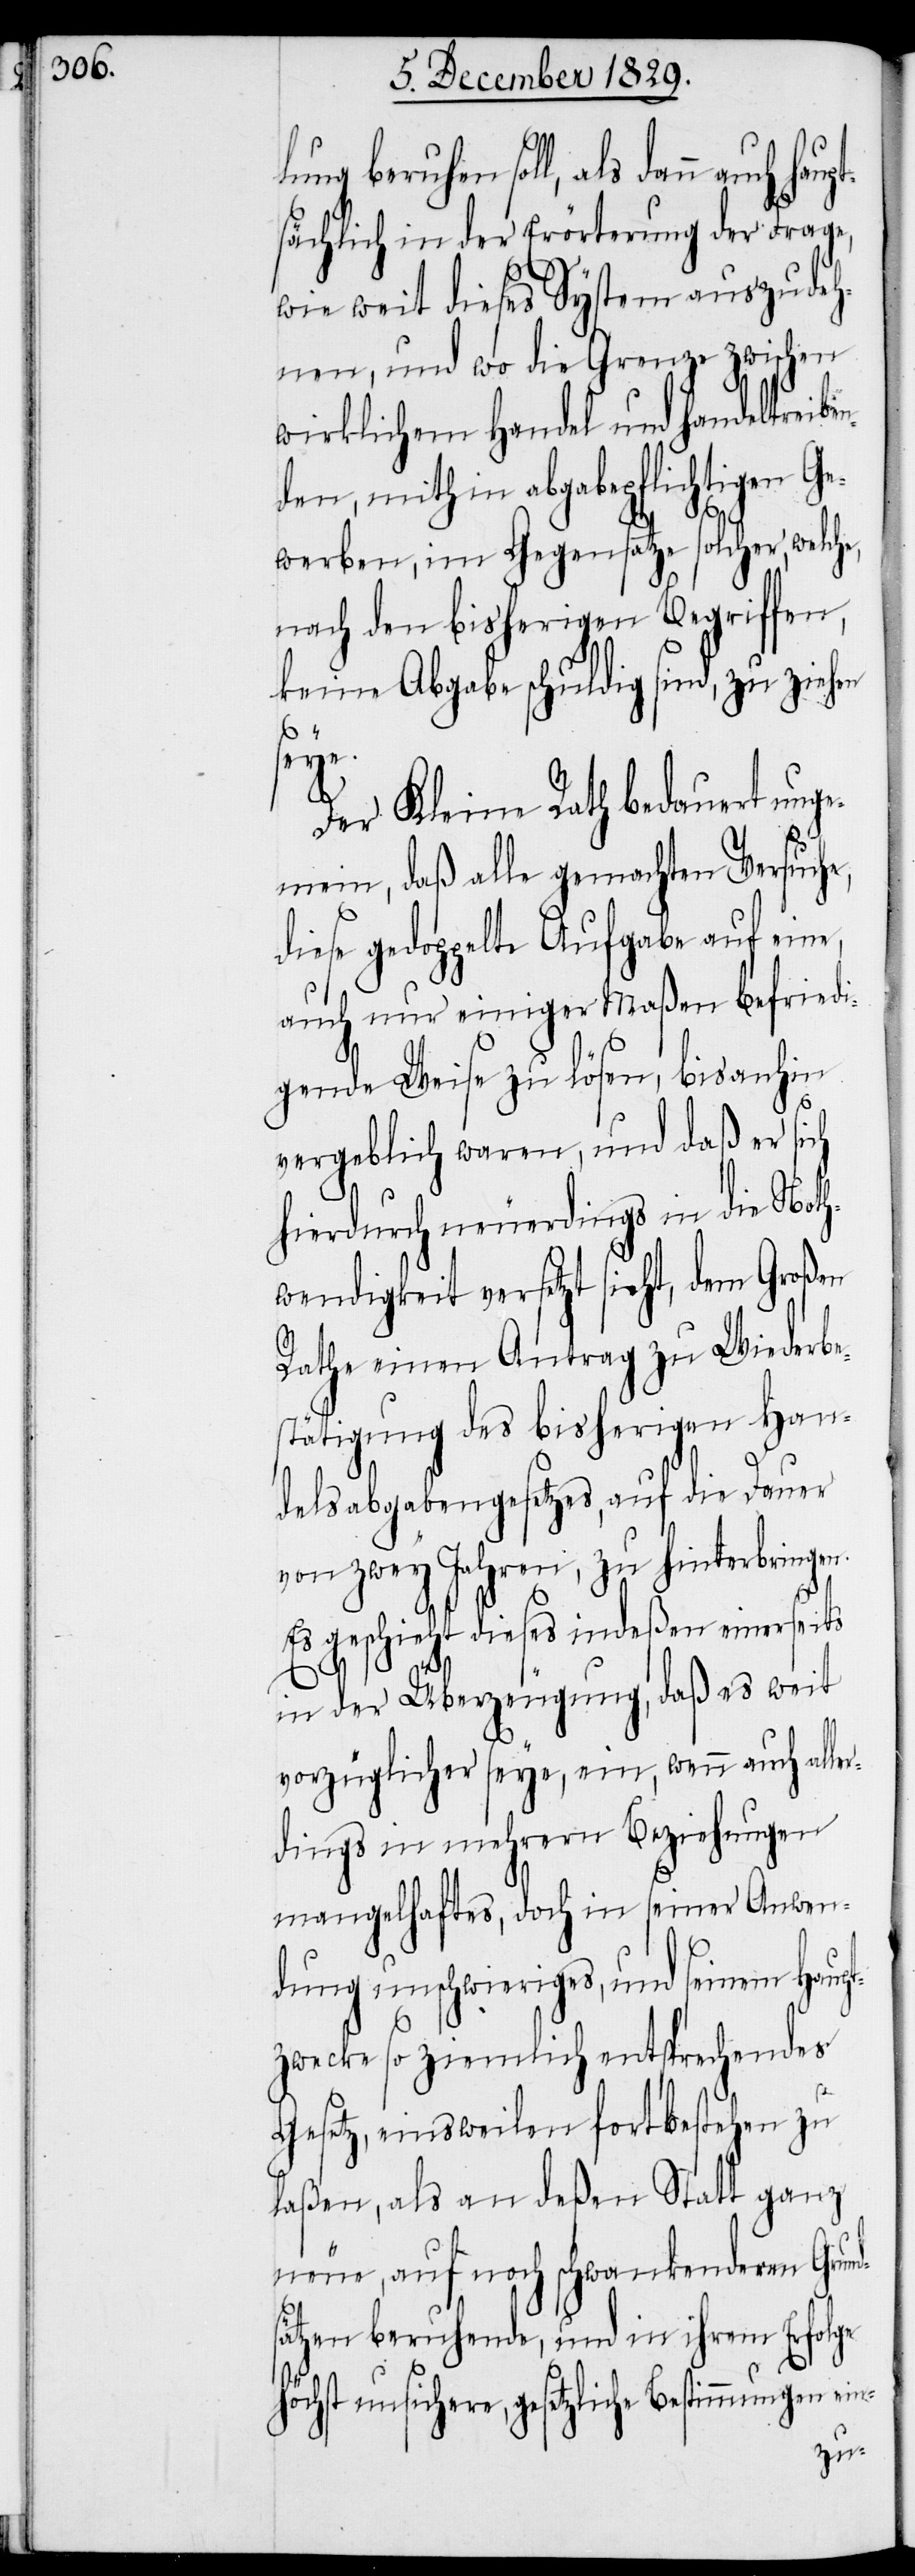
lung beruhen soll, als dann auch
sächlich in der Erörterung der Frage,
wie weit dieses System auszudeh¬
nen, und wo die Grenze zwischen
wirklichem Handel und Handeltreibe¬
nden, mithin abgabepflichtigen Ge¬
werben, im Gegensatze solcher, welche,
nach den bisherigen Begriffen,
keine Abgabe schuldig sind, zu ziehen
en.
Der Kleine Rath bedauert unge¬
mein, daß alle gemachten Versuche,
diese gedoppelte Aufgabe auf eine,
auch nur einiger Maßen befriedi¬
gende Weise zu lösen, bisanhin
vergeblich waren, und daß er sich
hierdurch neuerdings in die Noth¬
wendigkeit versetzt sieht, dem Großen
Rathe einen Antrag zu Wiederbe¬
stätigung des bisherigen Han¬
delsabgabengesetzes, auf die Dauer
von zwey Jahren, zu hinterbring¬
Es geschieht dieses indeßen einerseits
in der Überzeugung, daß es weit
vorzüglicher seye, ein, wenn auch aller¬
dings in mehrern Beziehungen
mangelhaftes, doch in seiner Anwen¬
dung unschwieriges, und seinem Haupt¬
zwecke so ziemlich entsprechendes
Gesetz, einsweilen fortbestehen zu
laßen, als an deßen Statt ganz
neue, auf noch schwankendern Grund¬
sätzen beruhende, und in ihrem Erfolge
höchst unsichere, gesetzliche Bestimmungen ein-